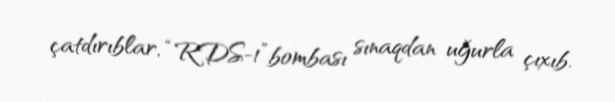
çatdırıblar, “RDS-1”bombası sınaqdan uğurla çıxıb.